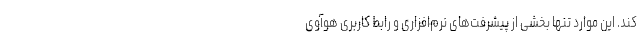
کند. این موارد تنها بخشی از پیشرفت‌های نرم‌افزاری و رابط کاربری هوآوی